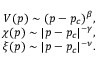
\begin{array} { r } { V ( p ) \sim ( p - p _ { c } ) ^ { \beta } , } \\ { \chi ( p ) \sim | p - p _ { c } | ^ { - \gamma } , } \\ { \xi ( p ) \sim | p - p _ { c } | ^ { - \nu } . } \end{array}